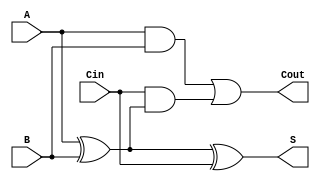
module FullAdder (
    input wire A,      // First significant bit
    input wire B,      // Second significant bit
    input wire Cin,    // Carry-in bit
    output wire S,     // Sum output
    output wire Cout   // Carry-out output
);

// Behavioral description of the Full Adder
assign S = A ^ B ^ Cin;              // Sum is A XOR B XOR Cin
assign Cout = (A & B) | (Cin & (A ^ B)); // Carry-out logic

endmodule